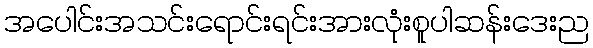
အပေါင်းအသင်းရောင်းရင်းအားလုံးစူပါဆန်းဒေးည